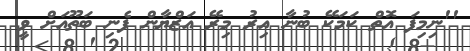
''ނިމިފަ އޮތް ކަމަކޭ ބުނާ އިރު މިރޭ އަޒްޔާން ފެނި ބަތޫއަށް ވީ